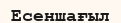
Есеншағыл